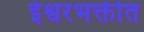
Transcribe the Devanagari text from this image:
ईश्वरभक्तीत